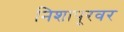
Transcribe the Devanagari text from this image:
निशापूरवर